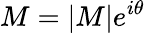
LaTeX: M=|M|e^{i\theta}